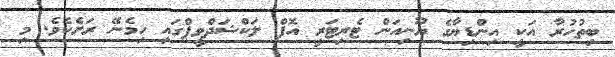
ބިތުހުރާ އަކީ އިންޑިޔާގެ ޔޫނިއަން ޓެރިޓަރީ އޮފް ލަކްޝަދްވީޕްގައި ހިމެނޭ ރަށެކެވެ. މި